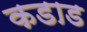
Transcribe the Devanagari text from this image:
कडाड